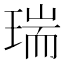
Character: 瑞